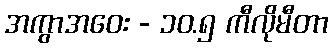
အကွာအဝေး - ၁၀.၅ ကီလိုမီတာ